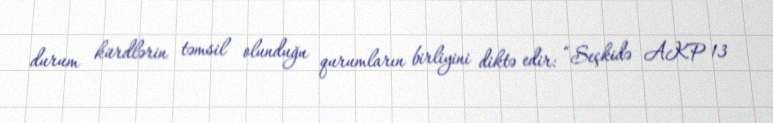
durum kürdlərin təmsil olunduğu qurumların birliyini diktə edir: “Seçkidə AKP 13